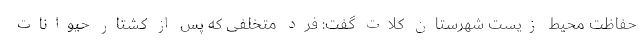
حفاظت محیط زیست شهرستان کلات گفت: فرد متخلفی که پس از کشتار حیوانات